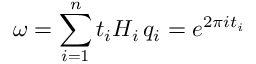
\omega = \sum _ { i = 1 } ^ { n } t _ { i } H _ { i } \, q _ { i } = e ^ { 2 \pi i t _ { i } }